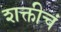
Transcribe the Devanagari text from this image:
शक्तीचं